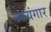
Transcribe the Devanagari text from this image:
आयंगार